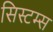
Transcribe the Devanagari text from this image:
सिस्टम्स